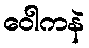
ဝေါကနဲ